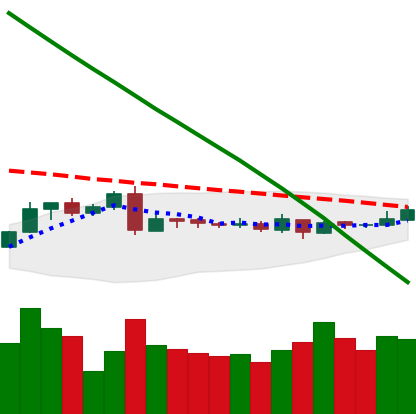
Ticker: XLM-USD
Chart end date: 2019-03-09
Forward return: 19.531%
Label: up_7plus